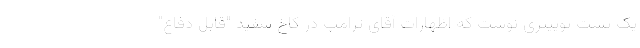
یک پست توییتری نوشت که اظهارات آقای ترامپ در کاخ سفید "قابل دفاع"